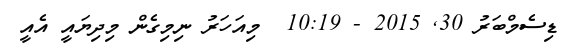
ޑިސެމްބަރު 30